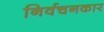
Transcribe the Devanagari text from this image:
निर्वचनकार